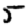
Digit: 5